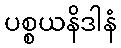
ပစ္စယနိဒါနံ